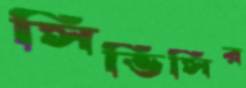
সিভিসির